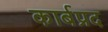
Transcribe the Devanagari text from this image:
कार्बप्रद